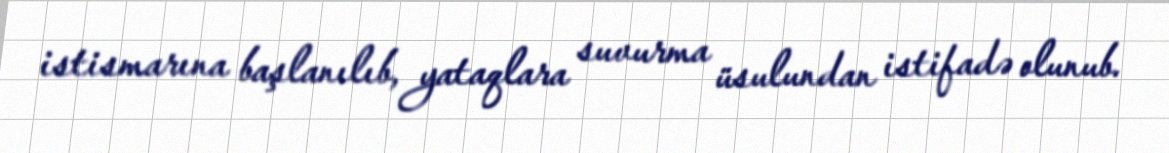
istismarına başlanılıb, yataqlara suvurma üsulundan istifadə olunub.